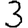
Digit: 3